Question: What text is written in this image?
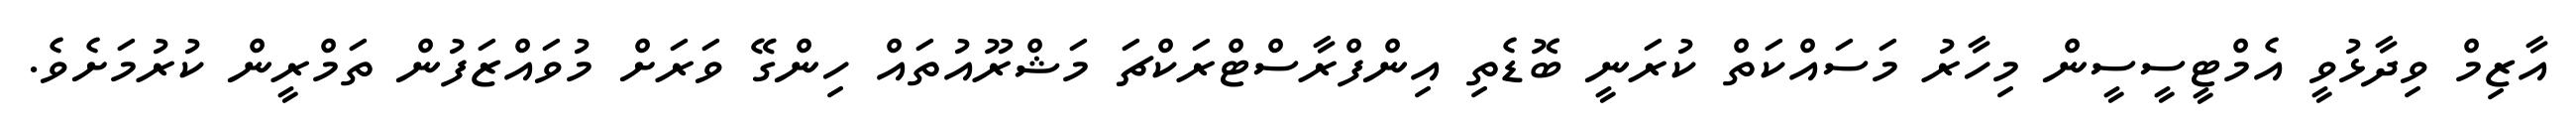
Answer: އާޒިމް ވިދާޅުވީ އެމްޓީސީސީން މިހާރު މަސައްކަތް ކުރަނީ ބޮޑެތި އިންފްރާސްޓްރަކްޗަ މަޝްރޫއުތައް ހިންގޭ ވަރަށް މުވައްޒަފުން ތަމްރީން ކުރުމަށެވެ.